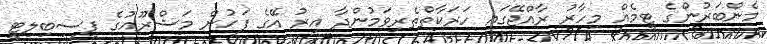
މެންބަރުންގެ ޓީމެއް މިހާރު ރާއްޖޭގައި ހަރަކާތްތެރިވަމުންދާ އިރު އޭގެ ފަހުން މަޝްރޫއުގެ ފީސިބިލިޓީ